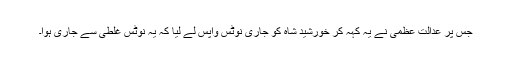
جس پر عدالت عظمیٰ نے یہ کہہ کر خورشید شاہ کو جاری نوٹس واپس لے لیا کہ یہ نوٹس غلطی سے جاری ہوا۔